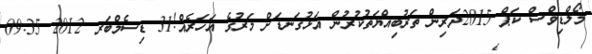
މޯލްޑިވްސް ކަޕް 2015ދަރިން ތަރުބިއްޔަތުކުރުން އަޅުގަނޑަށް މަރުގެ އަހަރެއް!31 ޑިސެމްބަރ 2012 09:35